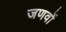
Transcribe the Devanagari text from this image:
जणवों